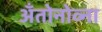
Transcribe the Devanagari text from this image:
अँतोनोव्ना